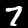
Label: 7